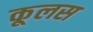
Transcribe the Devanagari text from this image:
कूलस